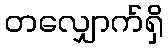
တလျှောက်ရှိ